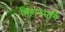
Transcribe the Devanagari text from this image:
बिहारमार्गे